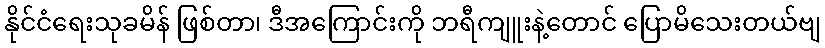
နိုင်ငံရေးသုခမိန် ဖြစ်တာ၊ ဒီအကြောင်းကို ဘရီကျူးနဲ့တောင် ပြောမိသေးတယ်ဗျ